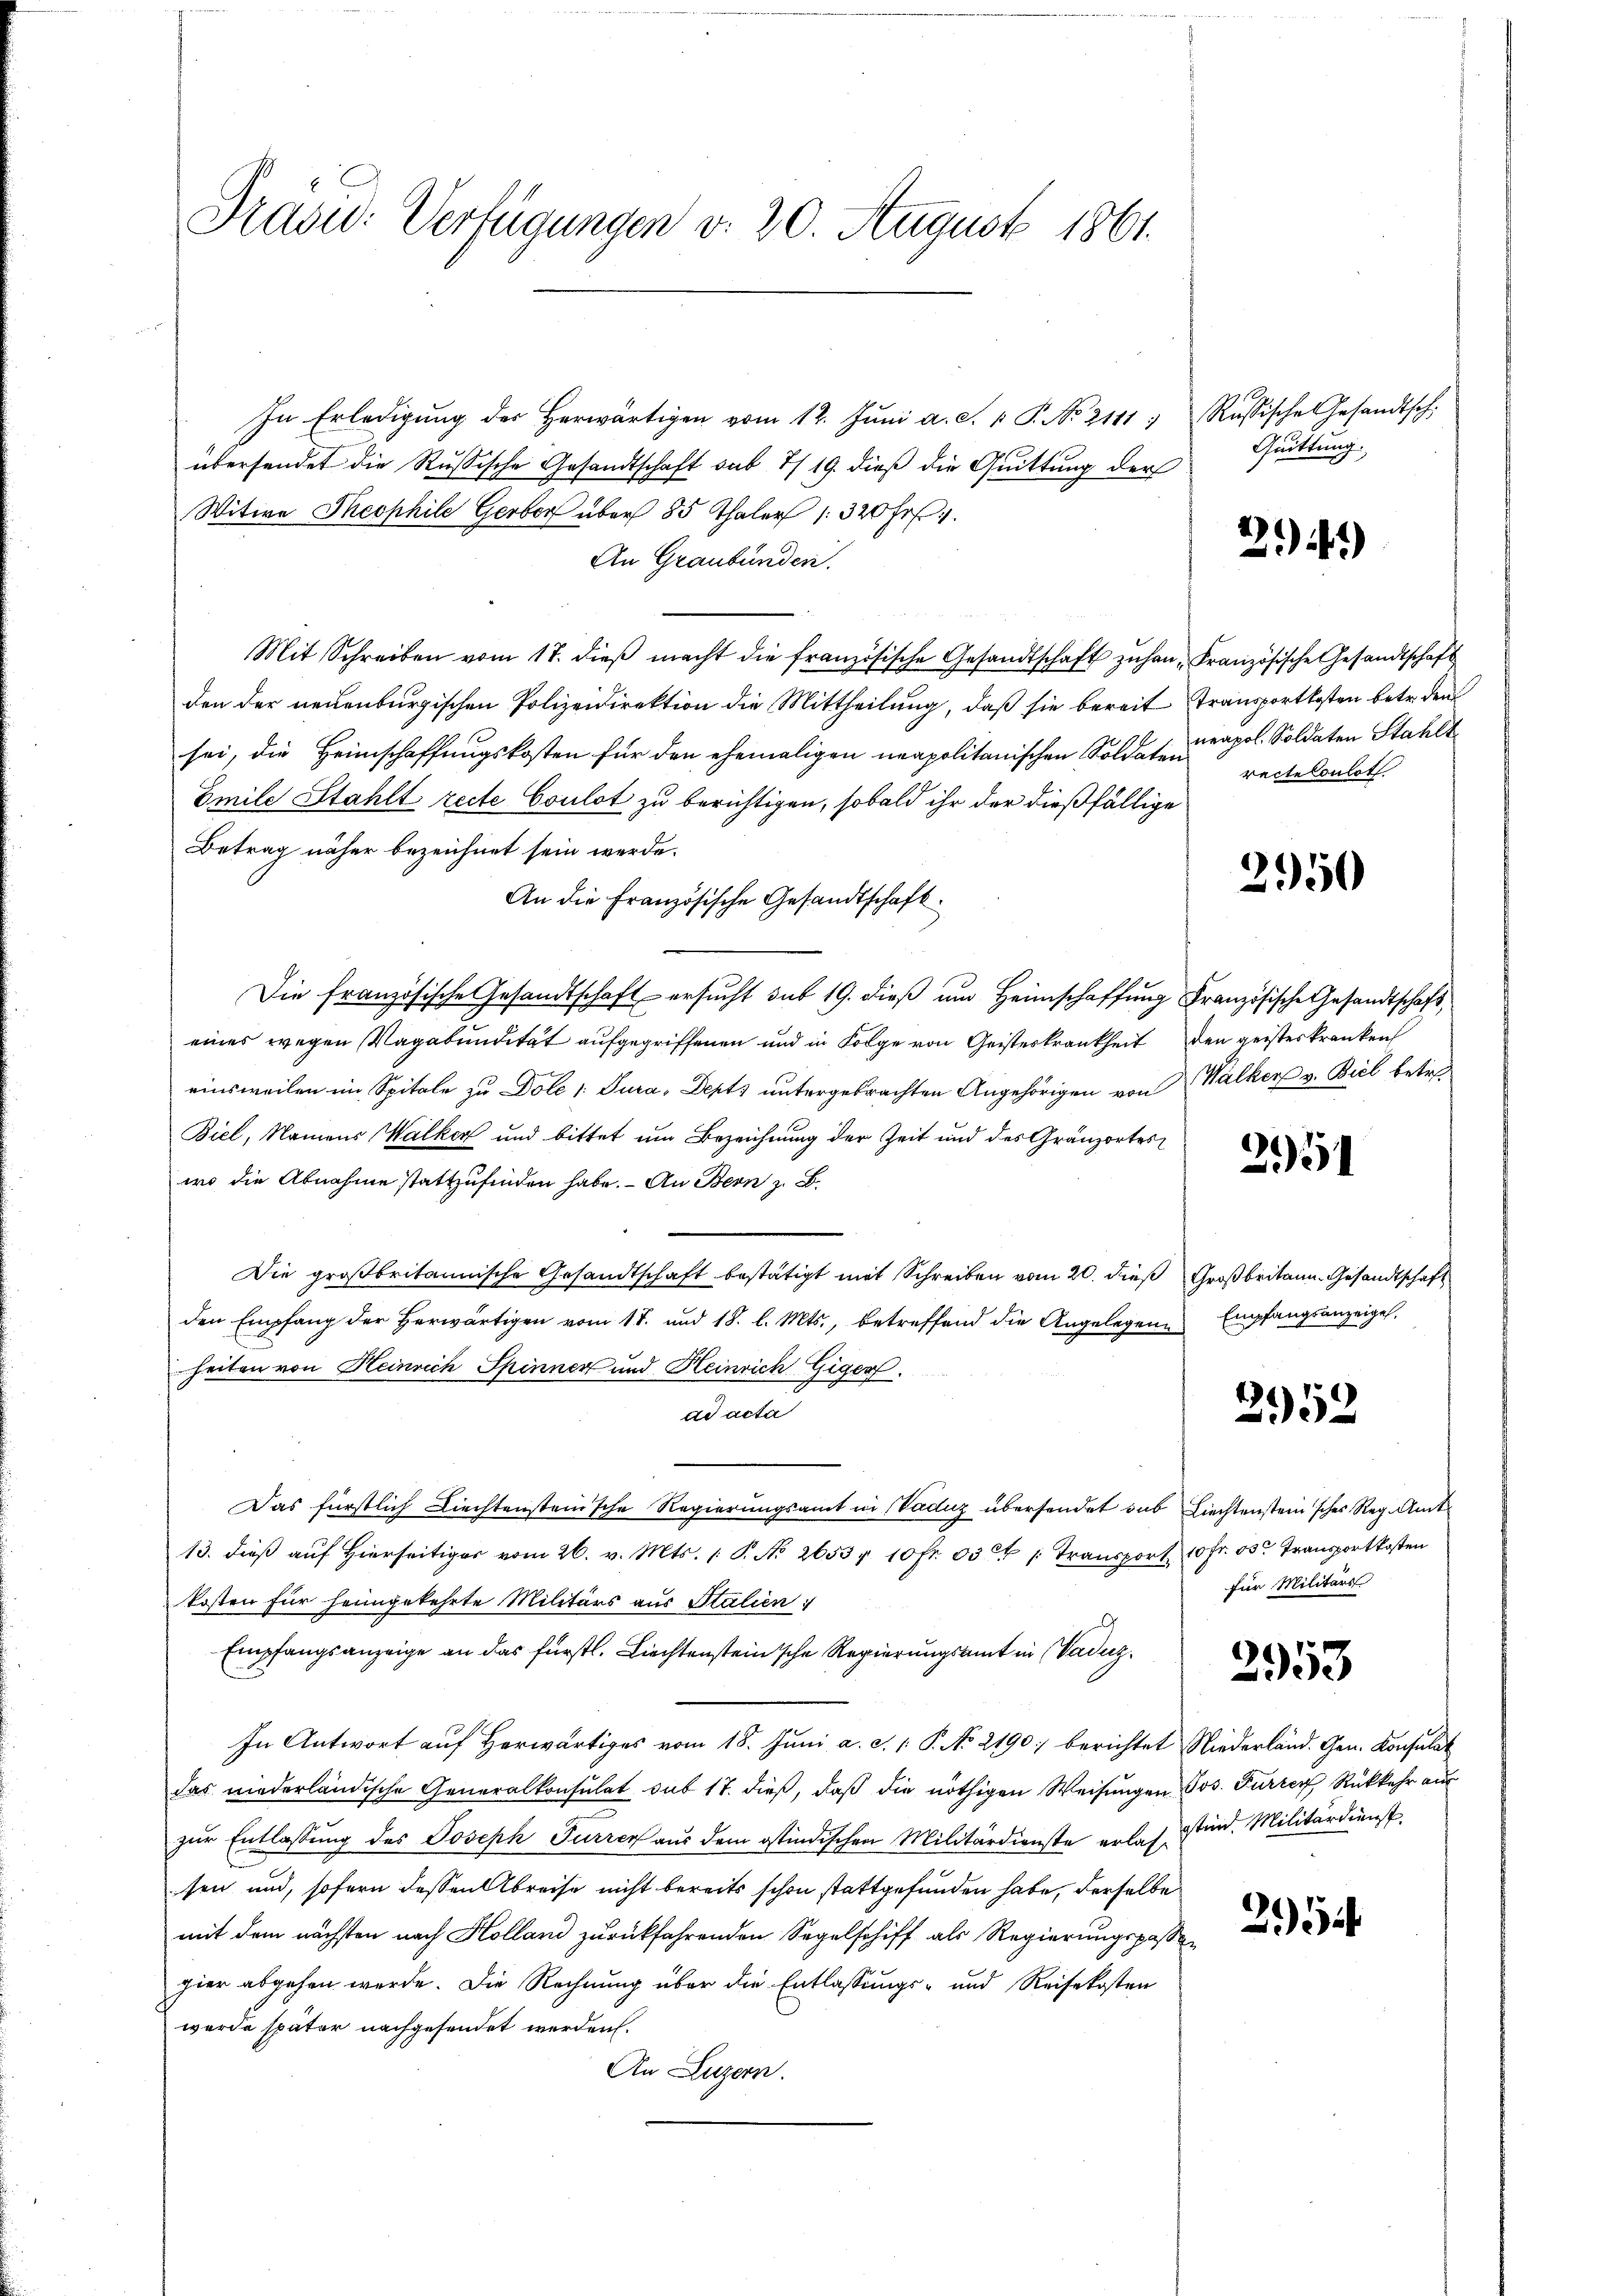
Präsid.: Verfügungen v. 20. August 1861.

In Erledigŭng des herwärtigen vom 12. Jŭni a. c. 1 P. No. 2111. Russische Gesandtsch.
übersendet die Russische Gesandtschaft sub 7/19. dieß die Quittung der
Witwe Theophile Gerber über 85 Thaler /: 320 Fr.
An Graubünden.
Mit Schreiben vom 17. dieβ macht die französische Gesandtschaft zŭ han, Französische Gesandtschaft
den der neuenburgischen Polizeidirektion die Mittheilung, daß sie bereit Transportkosten betr. den
sei, die Heimschaffungskosten für den ehemaligen neapolitanischen Soldate zu Rapol. Soldaten Stahlt
Emile Stahlt recte Coulot zu berichtigen, sobald ihr der dießfällige
Betrag näher bezeichnet sein werde.
An die Französische Gesandtschaft
Die französische Gesandtschaft ersucht sub 19. dieß um Heimschaffung Französische Gesandtschaft,
eines wegen Vagabundität aufgegriffenen und in Folge von Geisterkrankheit den geisteskranken
einsweilen im Spitale zu Dole 1. Jura, Depts untergebrachten Angehörigen von Walker v. Biel betre
Biel, Namens Walker und bittet um Bezeichnung der Zeit und des Granzortes
wo die Abnahme stattzufinden habe. An Bern z. B.
Die großbritannische Gesandtschaft bestätigt mit Schreiben vom 20. dieß Großbritann. Gesandtschaft
den Empfang der herwärtigen vom 17. und 18. l. Mts., betreffend die Angelegene Empfangsanzeigel,
heiten von Heinrich Spinner und Heinrich Giger.
ad acta
Das fürstlich Liechtensteinsche Regierungsamt in Vaduz übersendet das Liechtensteinsches Reg. Amt
13. dieß auf hierseitiges vom 26. v. Mts. 1. P. No. 2653. 10 fr. 03t /: Transport 10 Fr. 53 Transportkosten
kosten für heimgekehrte Militärs aus Stalien i
Empfangsanzeige an das fürstl. Liechtensteinsche Regierungsamt in Vaduz¬
In Antwort auf Herwärtiges vom 18. Juni a. c. 1. P. No. 2190: berichtet Niederländ. Gen. Konsulat
das niederländische Generalkonsulat sub 17. dieβ, daβ die nöthigen Weisŭngen Jos. Fürzer Rückkehr aŭs
zur Entlassung des Joseph Furren aus dem ostindischen Militärdienste erlas sind. Militärdienst
sen und, sofern dessen Abreise nicht bereits schon stattgefunden habe, derselbe
mit dem nächsten nach Holland zurückfahrenden Segelschiff als Regierungspasse
pier abgehen werde. Die Rechnung über die Entlassungs- und Reisekosten
wurde später nachgesendet werden.
An Luzern.

Quittung.

291)

recteloulot

2950

2951

2952

für Militärs

2953

21